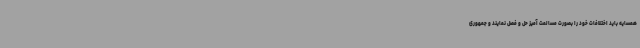
همسایه باید اختلافات خود را بصورت مسالمت آمیز حل و فصل نمایند و جمهوری